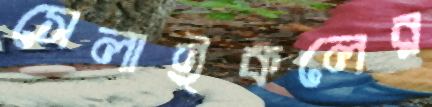
সেলাইকলের